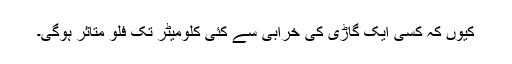
کیوں کہ کسی ایک گاڑی کی خرابی سے کئی کلومیٹر تک فلو متاثر ہوگی۔